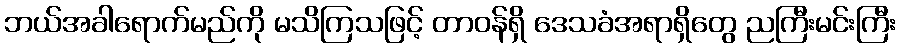
ဘယ်အခါရောက်မည်ကို မသိကြသဖြင့် တာဝန်ရှိ ဒေသခံအရာရှိတွေ ညကြီးမင်းကြီး